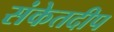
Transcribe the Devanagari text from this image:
संकेतदीप